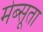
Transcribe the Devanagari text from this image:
मेब्सूता